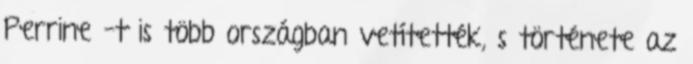
Perrine –t is több országban vetítették, s története az